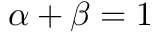
\alpha + \beta = 1